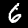
Digit: 6